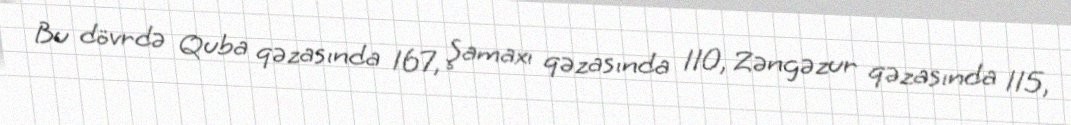
Bu dövrdə Quba qəzasında 167, Şamaxı qəzasında 110, Zəngəzur qəzasında 115,